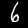
Label: 6